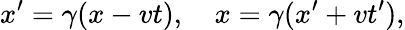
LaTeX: x^{\prime}=\gamma(x-vt),\quad x=\gamma(x^{\prime}+vt^{\prime}),